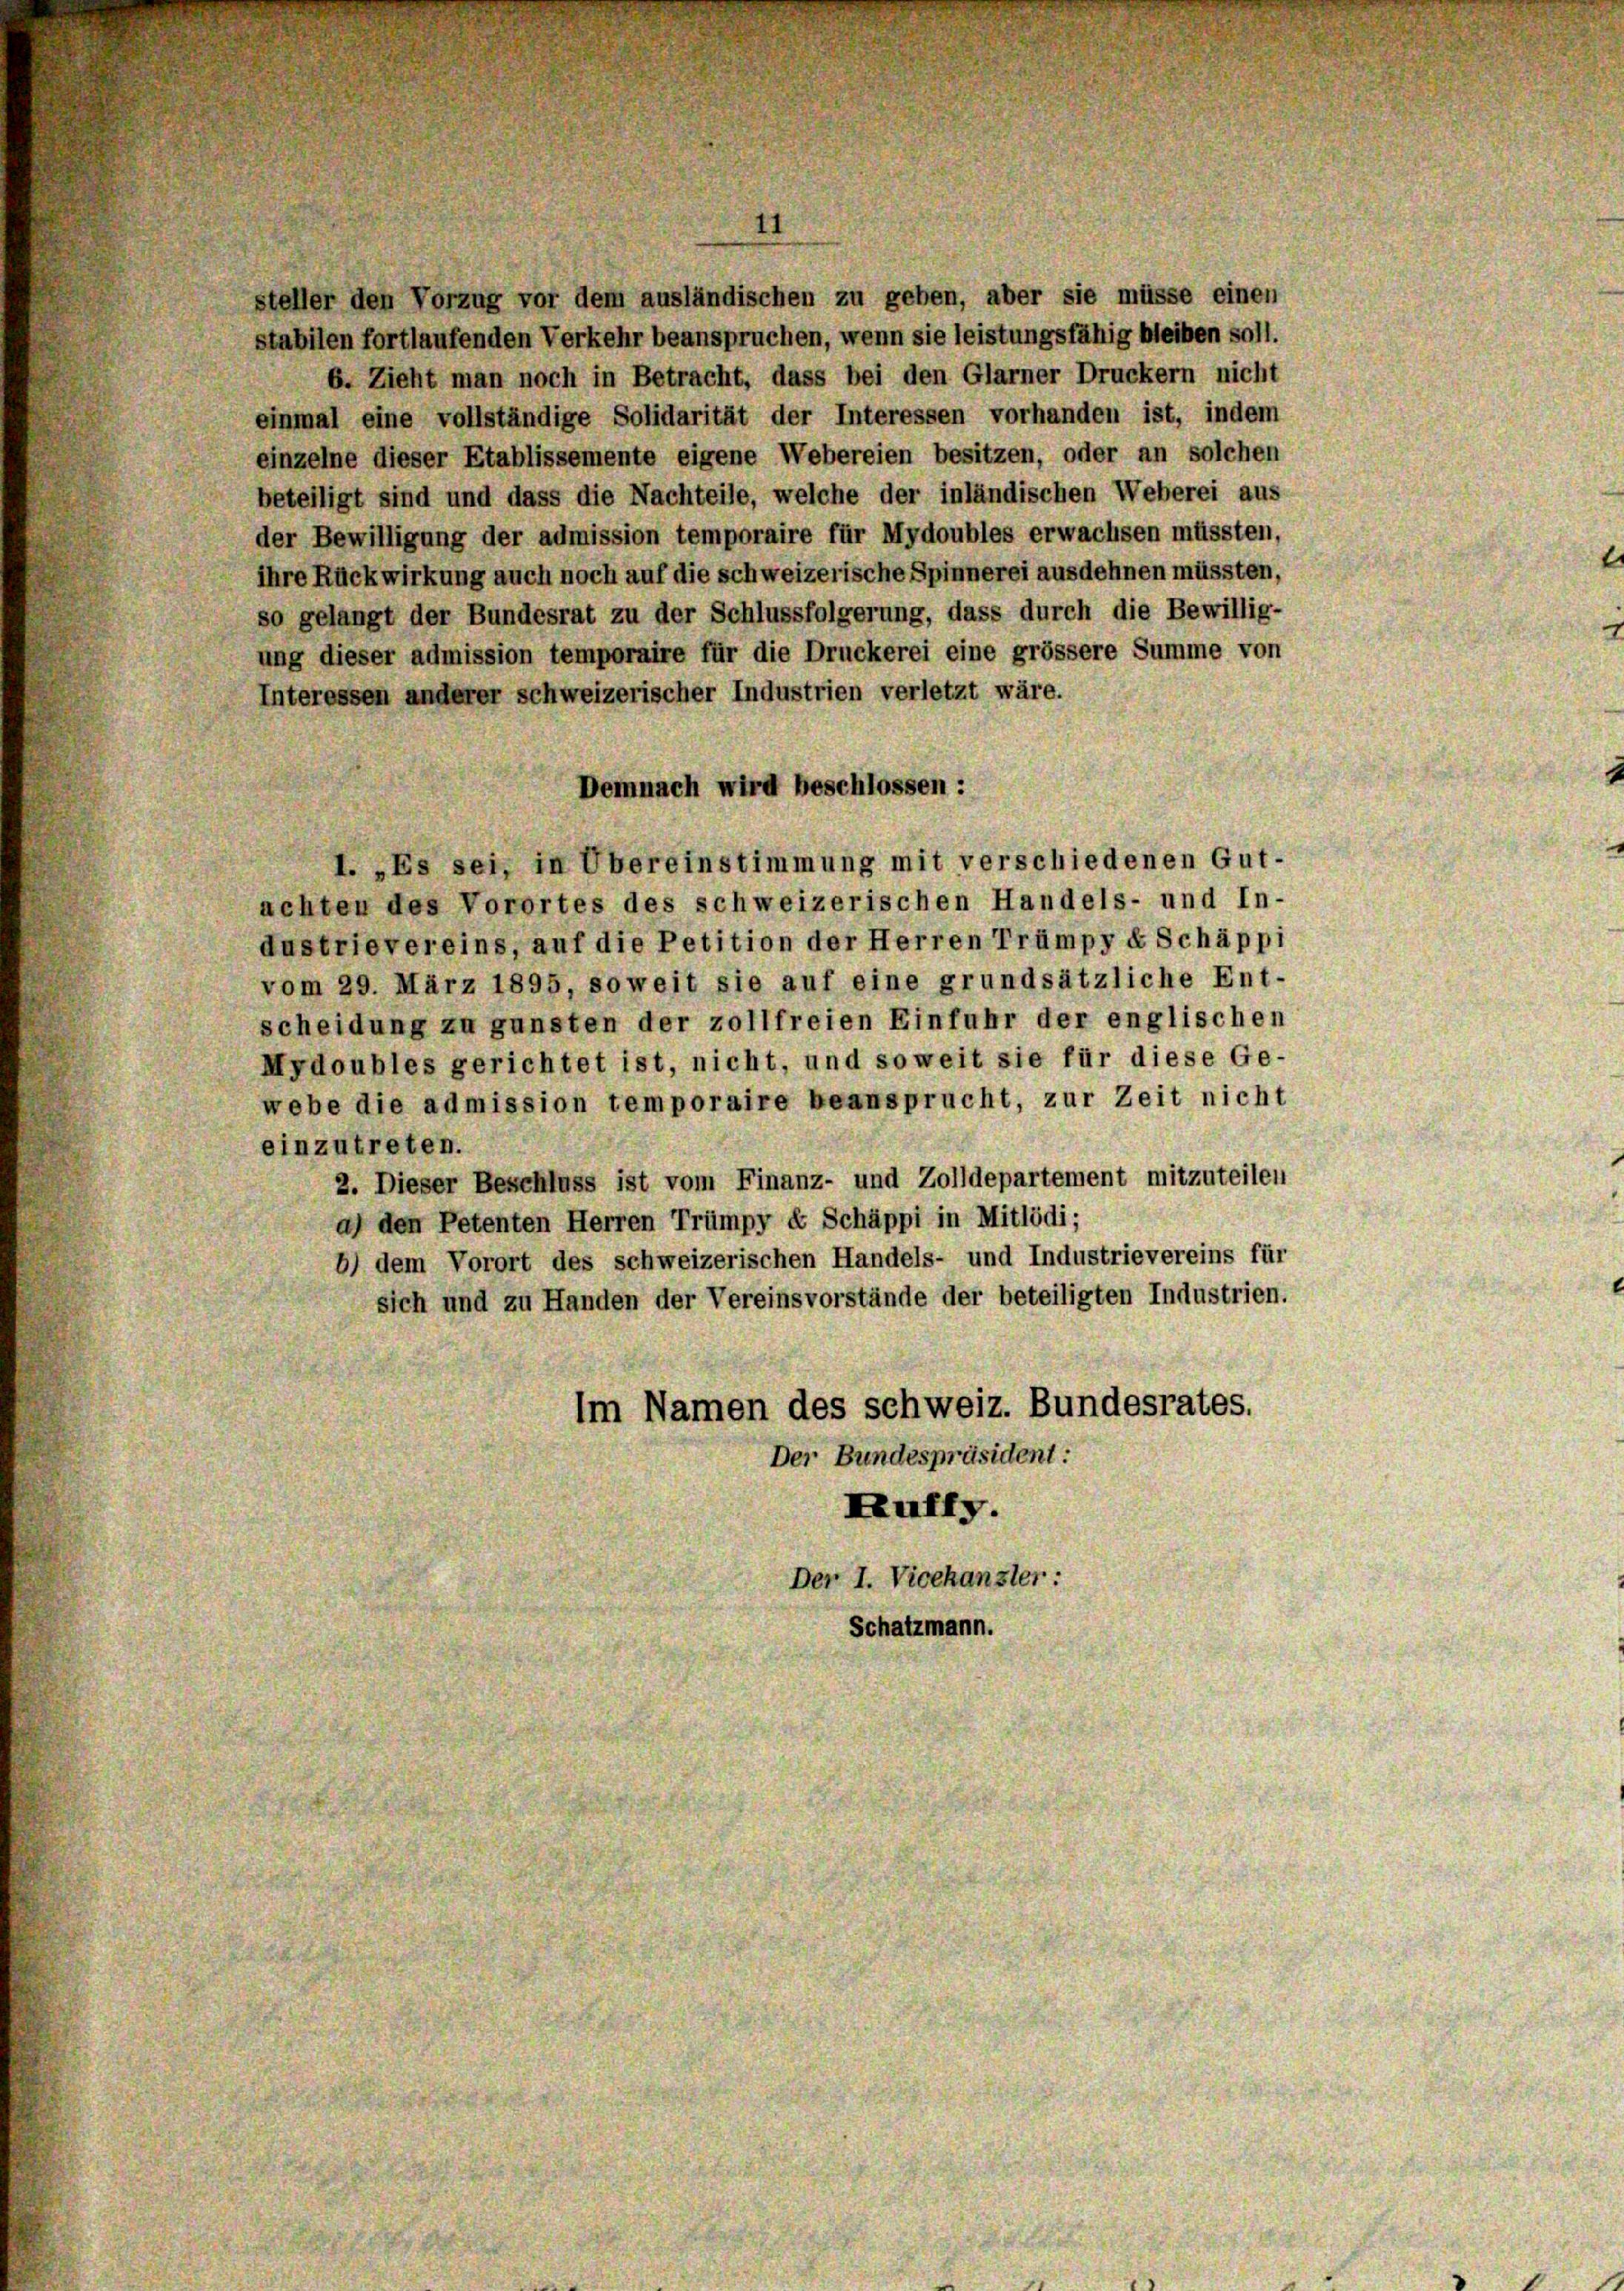
steller den Vorzug vor dem ausländischen zu geben, aber sie müsse einen
stabilen fortlaufenden Verkehr beanspruchen, wenn sie leistungsfähig bleiben soll.
6. Zieht man noch in Betracht, dass bei den Glarner Druckern nicht
einmal eine vollständige Solidarität der Interessen vorhanden ist, indem
einzelne dieser Etablissemente eigene Webereien besitzen, oder an solchen
beteiligt sind und dass die Nachteile, welche der inländischen Weberei aus
der Bewilligung der admission temporaire für Mydoubles erwachsen müssten,
ihre Rückwirkung auch noch auf die schweizerische Spinnerei ausdehnen müssten,
so gelangt der Bundesrat zu der Schlussfolgerung, dass durch die Bewillig-
ung dieser admission temporaire für die Druckerei eine grössere Summe von
Interessen anderer schweizerischer Industrien verletzt wäre.
Demnach wird beschlossen:
I. „Es sei, in Übereinstimmung mit verschiedenen Gut-
achten des Vorortes des schweizerischen Handels- und In-
dustrievereins, auf die Petition der Herren Trümpy & Schäppi
vom 29. März 1895, soweit sie auf eine grundsätzliche Ent-
scheidung zu gunsten der zollfreien Einfuhr der englischen
Mydoubles gerichtet ist, nicht, und soweit sie für diese Ge-
webe die admission temporaire beansprucht, zur Zeit nicht
einzutreten.
2. Dieser Beschluss ist vom Finanz- und Zolldepartement mitzuteilen
a) den Petenten Herren Trümpy é Schäppi in Mitlödi;
6) dem Vorort des schweizerischen Handels- und Industrievereins für
sich und zu Handen der Vereinsvorstände der beteiligten Industrien.
Im Namen des Schweiz. Bundesrates.
Der Bundespräsident:
Fruffy.
Der I. Vicekanzler :
Schatzmann.